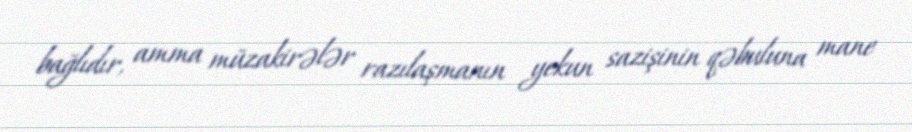
bağlıdır, amma müzakirələr razılaşmanın yekun sazişinin qəbuluna mane